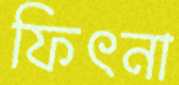
ফিৎনা